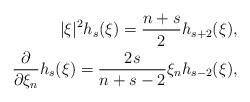
LaTeX: \begin{align*}\vert \xi\vert^2 h_s(\xi)= \frac{n+s}{2} h_{s+2}(\xi), \\\frac{\partial}{\partial \xi_n} h_s (\xi)= \frac{2s}{n+s-2} \xi_n h_{s-2}(\xi),\end{align*}